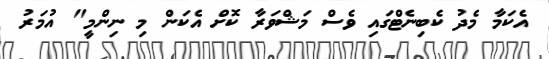
އެކަމާ މެދު ކެބިނެޓްގައި ވެސް މަޝްވަރާ ކޮށް އެކަން މި ނިންމީ" އުމަރު